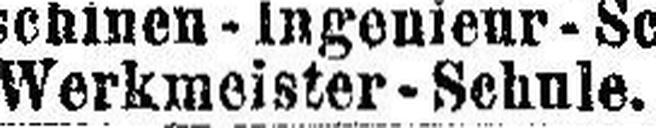
Werkmeister-Schule.